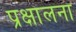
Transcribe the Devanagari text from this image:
प्रक्षालना